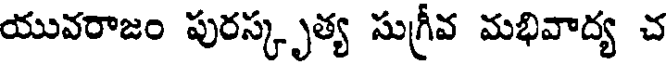
యువరాజం పురస్కృత్య సుగ్రీవ మభివాద్య చ